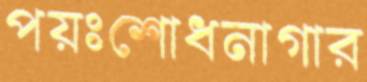
পয়ঃশোধনাগার